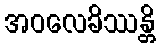
အဝလေခိဿန္တိ